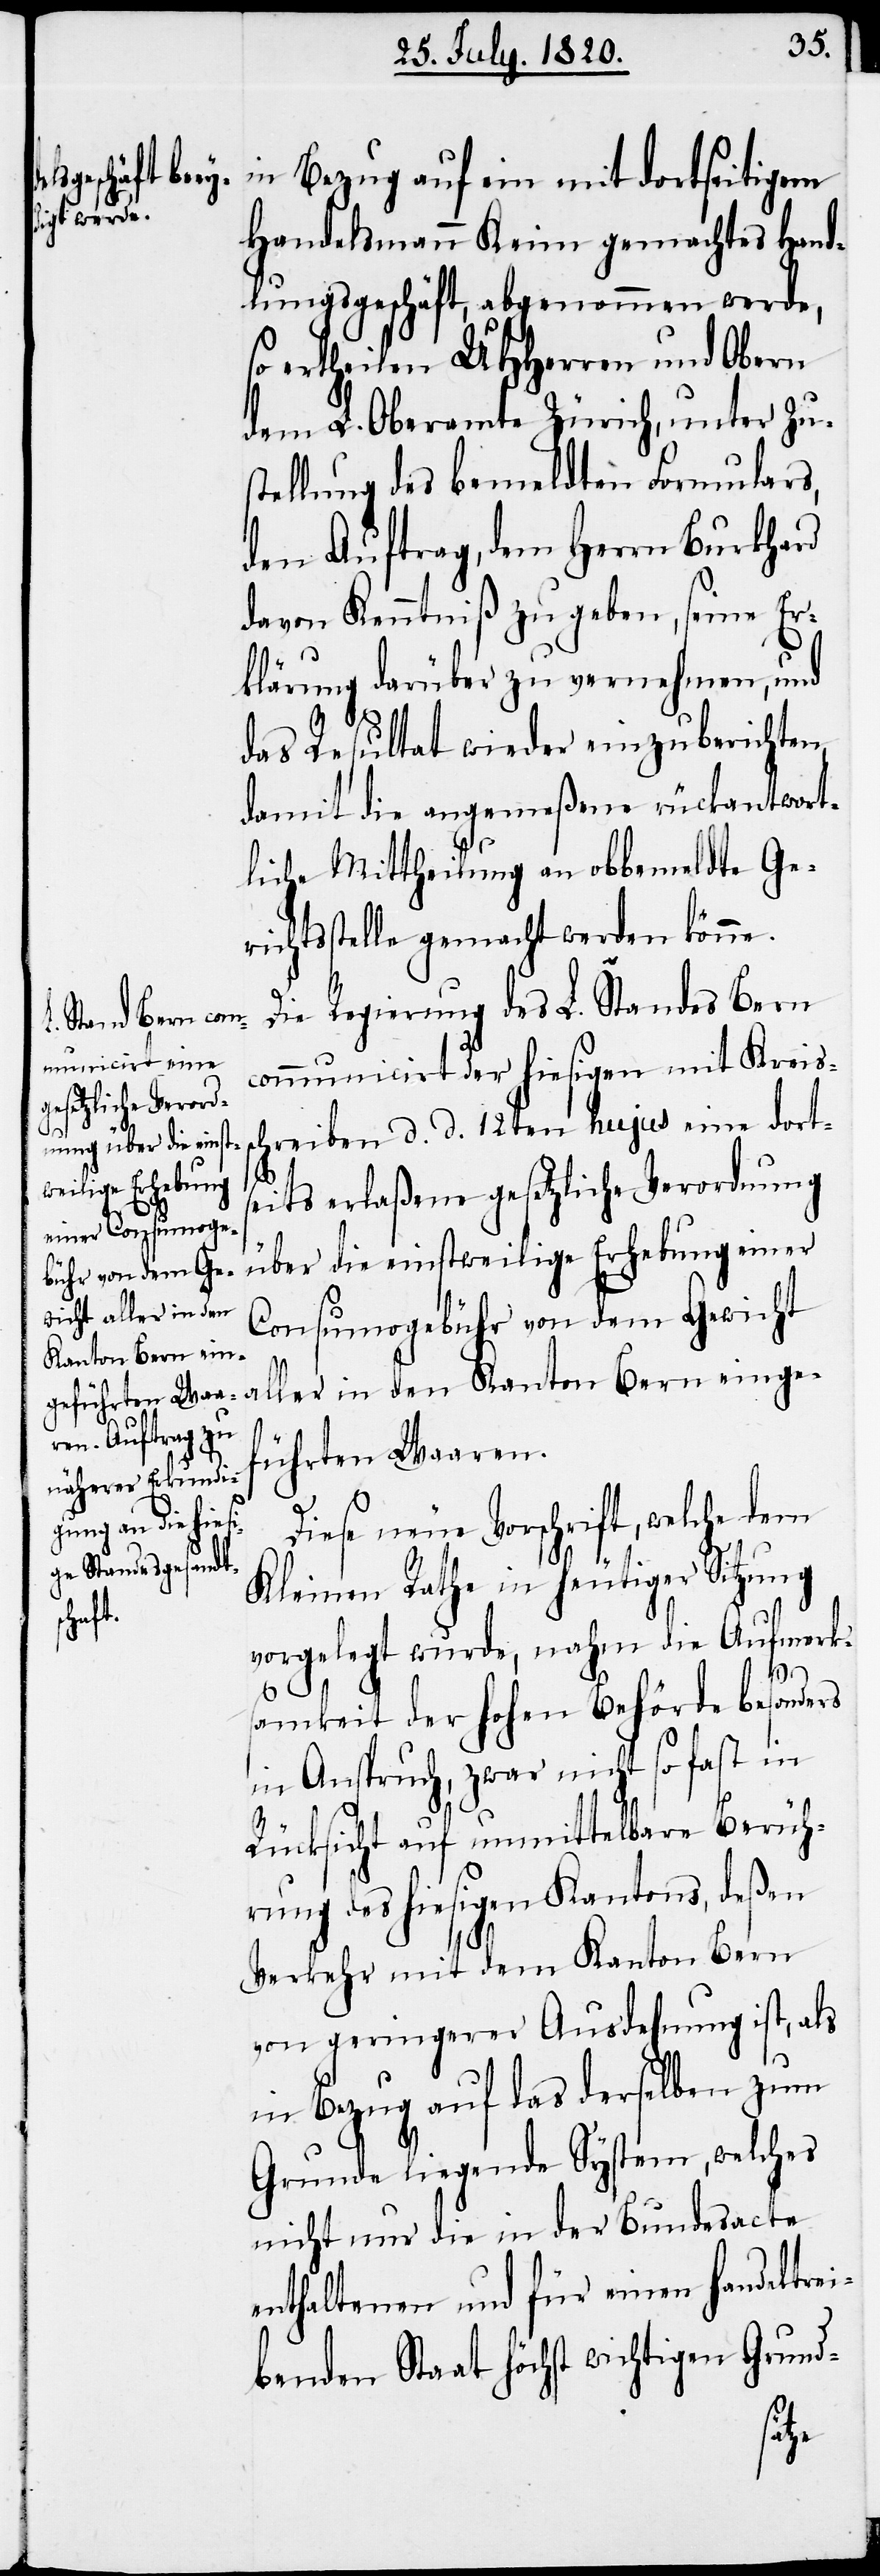
in Bezug auf ein mit dortseitigem
Handelsmann Keim gemachtes Hand¬
lungsgeschäft, abgenommen werde,
so ertheilen UHHerren und Obern
dem L. Oberamte Zürich, unter Zu¬
stellung des bemeldten Formulars,
den Auftrag, dem Herrn Burkhard
davon Kenntniß zu geben, seine Er¬
klärung darüber zu vernehmen, und
das Resultat wieder einzuberichten
damit die angemeßene rückantwort¬
liche Mittheilung an obbemeldte Ger¬
ichtsstelle gemacht werden könne.
Die Regierung des L. Standes Bern
communicirt der hiesigen mit Kreiss¬
chreiben d. d. 12ten hujus eine dorts¬
eits erlaßene gesetzliche Verordnung
über die einstweilige Erhebung einer
Consumogebühr von dem Gericht
aller in den Kanton Bern einge¬
führten Waaren.
Diese neue Vorschrift, welche dem
Kleinen Rathe in heutiger Sitzung
vorgelegt wurde, nahm die Aufmerk¬
samkeit der hohen Behörde besonders
in Anspruch, zwar nicht so fest in
Rücksicht auf unmittelbare Berüh¬
rung des hiesigen Kantons, deßen
Verkehr mit dem Kanton Bern
von geringerer Ausdehnung ist, als
in Bezug auf das derselben zum
Grunde liegende System, welches
nicht nur die in der Bundesacte
enthaltenen und für einen handeltrei¬
benden Staat höchst wichtigen Grund-